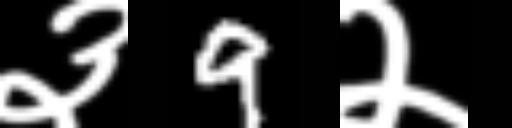
Text: ३9२